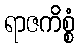
ရာဇကိစ္စံ